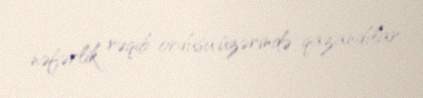
nəfərlik rəqib ordusu üzərində qazandılar.